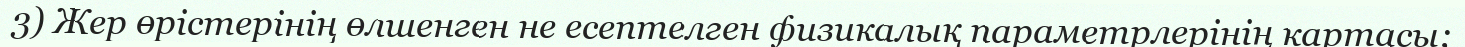
3) Жер өрістерінің өлшенген не есептелген физикалық параметрлерінің картасы;